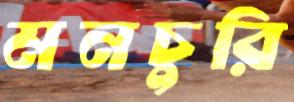
মনচুরি